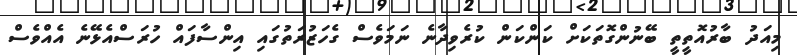
މިއަދު ބާރުއޮތީތީ ބޭނުންގޮތަކަށް ކަންކަން ކުރެވިދާނެ ނަމަވެސް ގެހަޒުރަތުގައި އިންސާފައް ހުރަސްއެޅޭނެ އެއްވެސް